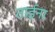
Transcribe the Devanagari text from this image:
ताईना